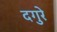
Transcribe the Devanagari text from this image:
दगुरे